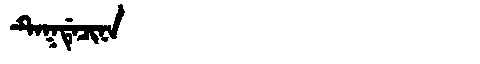
Manchu: ᡨᡝᡴᡩᡝᠴᡳᠨᠠ
Romanization: TEKDECINA